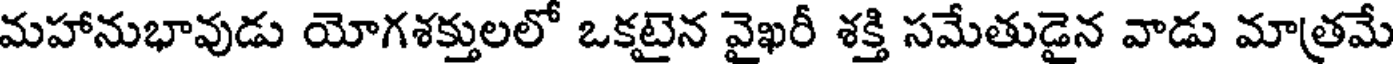
మహానుభావుడు యోగశక్తులలో ఒకటైన వైఖరీ శక్తి సమేతుడైన వాడు మాత్రమే